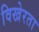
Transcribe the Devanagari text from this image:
विखेरता